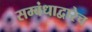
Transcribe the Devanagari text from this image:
सम्बंधाद्वारेच